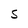
Character: S